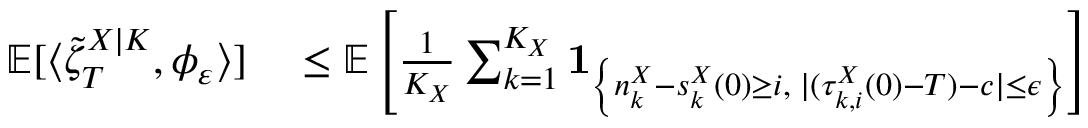
\begin{array} { r l } { \mathbb { E } [ \langle \tilde { \zeta } _ { T } ^ { X | K } , \phi _ { \varepsilon } \rangle ] } & { { } \leq \mathbb { E } \left[ \frac { 1 } { K _ { X } } \sum _ { k = 1 } ^ { K _ { X } } \mathbf { 1 } _ { \left\{ n _ { k } ^ { X } - s _ { k } ^ { X } ( 0 ) \geq i , \; | ( \tau _ { k , i } ^ { X } ( 0 ) - T ) - c | \leq \epsilon \right\} } \right] } \end{array}